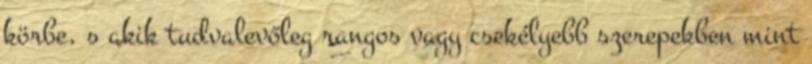
körbe, s akik tudvalevőleg rangos vagy csekélyebb szerepekben mint